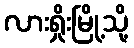
လားရှိုးမြို့သို့